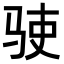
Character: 𬳺